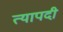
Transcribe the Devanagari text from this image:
त्यापदी